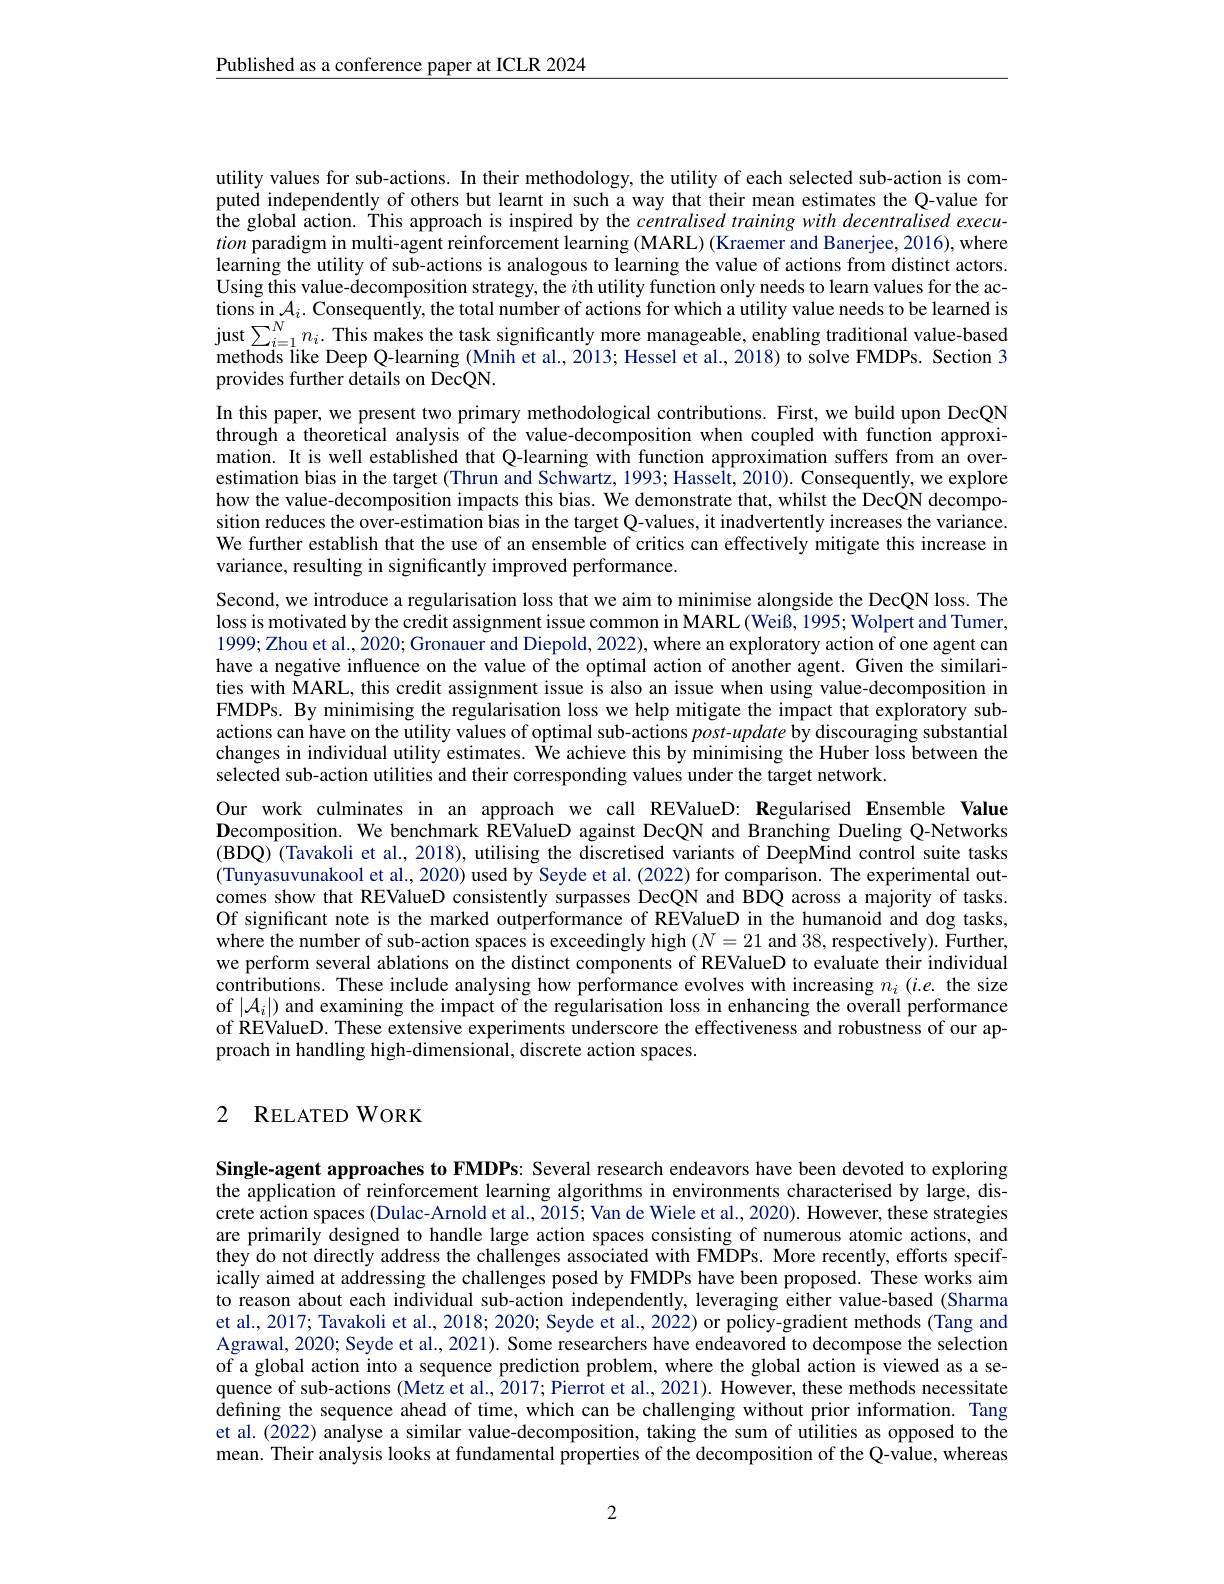
$\underline{\text{Published as a conference paper at ICLR 2024}}$

In this paper, we present two primary methodological contributions. First, we build upon DecQN through a theoretical analysis of the value-decomposition when coupled with function approximation. It is well established that Q-learning with function approximation suffers from an overestimation bias in the target (Thrun and Schwartz, 1993; Hasselt, 2010). Consequently, we explore how the value-decomposition impacts this bias. We demonstrate that, whilst the DecQN decomposition reduces the over-estimation bias in the target Q-values, it inadvertently increases the variance. We further establish that the use of an ensemble of critics can effectively mitigate this increase in variance, resulting in significantly improved performance.

utility values for sub-actions. In their methodology, the utility of each selected sub-action is computed independently of others but learnt in such a way that their mean estimates the Q-value for $\hat{\text{the global action. This approach is inspired by the centralised training with decentralised execu- }}$ tion paradigm in multi-agent reinforcement learning (MARL) (Kraemer and Banerjee, 2016), where learning the utility of sub-actions is analogous to learning the value of actions from distinct actors. Using this value-decomposition strategy, the $i$th utility function only needs to learn values for the actions in $\mathcal{A}_i.$ Consequently, the total number of actions for which a utility value needs to be learned is just$\sum _{i= 1}^{N}n_{i}.$ This makes the task signiftcantly more manageable, enabling traditional value- based methods like Deep Q- learning ( Mnih et al. , 2013; Hessel et al. 2018) to solve FMDPs. Section 3 provides further details on DecQN.
Second, we introduce a regularisation loss that we aim to minimise alongside the DecQN loss. The loss is motivated by the credit assignment issue common in MARL (Weiß, 1995; Wolpert and Tumer, 1999;Zhou et al., 2020; Gronauer and Diepold, 2022), where an exploratory action of one agent can have a negative influence on the value of the optimal action of another agent. Given the similarities with MARL, this credit assignment issue is also an issue when using value-decomposition in FMDPs. By minimising the regularisation loss we help mitigate the impact that exploratory subactions can have on the utility values of optimal sub-actions $post-update$ by discouraging substantial changes in individual utility estimates. We achieve this by minimising the Huber loss between the selected sub-action utilities and their corresponding values under the target network.
Our work culminates in an approach we call REValueD: Regularised Ensemble Value Decomposition. We benchmark REValueD against DecQN and Branching Dueling Q-Networks (BDQ) (Tavakoli et al., 2018), utilising the discretised variants of DeepMind control suite tasks (Tunyasuvunakool et al., 2020) used by Seyde et al. (2022) for comparison. The experimental outcomes show that REValueD consistently surpasses DecQN and BDQ across a majority of tasks. Of significant note is the marked outperformance of REValueD in the humanoid and dog tasks, where the number of sub-action spaces is exceedingly high $(N=21$ and 38,respectively). Further, we perform several ablations on the distinct components of REValueD to evaluate their individual contributions. These include analysing how performance evolves with increasing $n_i$ (i.e. the size of $|\mathcal{A}_i|$) and examining the impact of the regularisation loss in enhancing the overall performance of REValueD. These extensive experiments underscore the effectiveness and robustness of our approach in handling high-dimensional, discrete action spaces.

## 2 RELATEDWORK

Single-agent approaches to FMDPs: Several research endeavors have been devoted to exploring the application of reinforcement learning algorithms in environments characterised by large, discrete action spaces (Dulac-Arnold et al., 2015; Van de Wiele et al., 2020). However, these strategies are primarily designed to handle large action spaces consisting of numerous atomic actions, and they do not directly address the challenges associated with FMDPs. More recently, efforts specifically aimed at addressing the challenges posed by FMDPs have been proposed. These works aim to reason about each individual sub-action independently, leveraging either value-based (Sharma et al., 2017; Tavakoli et al., 2018; 2020; Seyde et al., 2022) or policy-gradient methods(Tang and Agrawal, 2020; Seyde et al., 2021). Some researchers have endeavored to decompose the selection of a global action into a sequence prediction problem, where the global action is viewed as a sequence of sub-actions (Metz et al., 2017; Pierrot et al., 2021). However, these methods necessitate $\hat{\text{defining the sequence ahead of time, which can be challenging without prior information. Tang}}$ et al. (2022) analyse a similar value-decomposition, taking the sum of utilities as opposed to the mean. Their analysis looks at fundamental properties of the decomposition of the Q-value, whereas

2